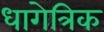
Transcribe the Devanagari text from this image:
धागेत्रिक